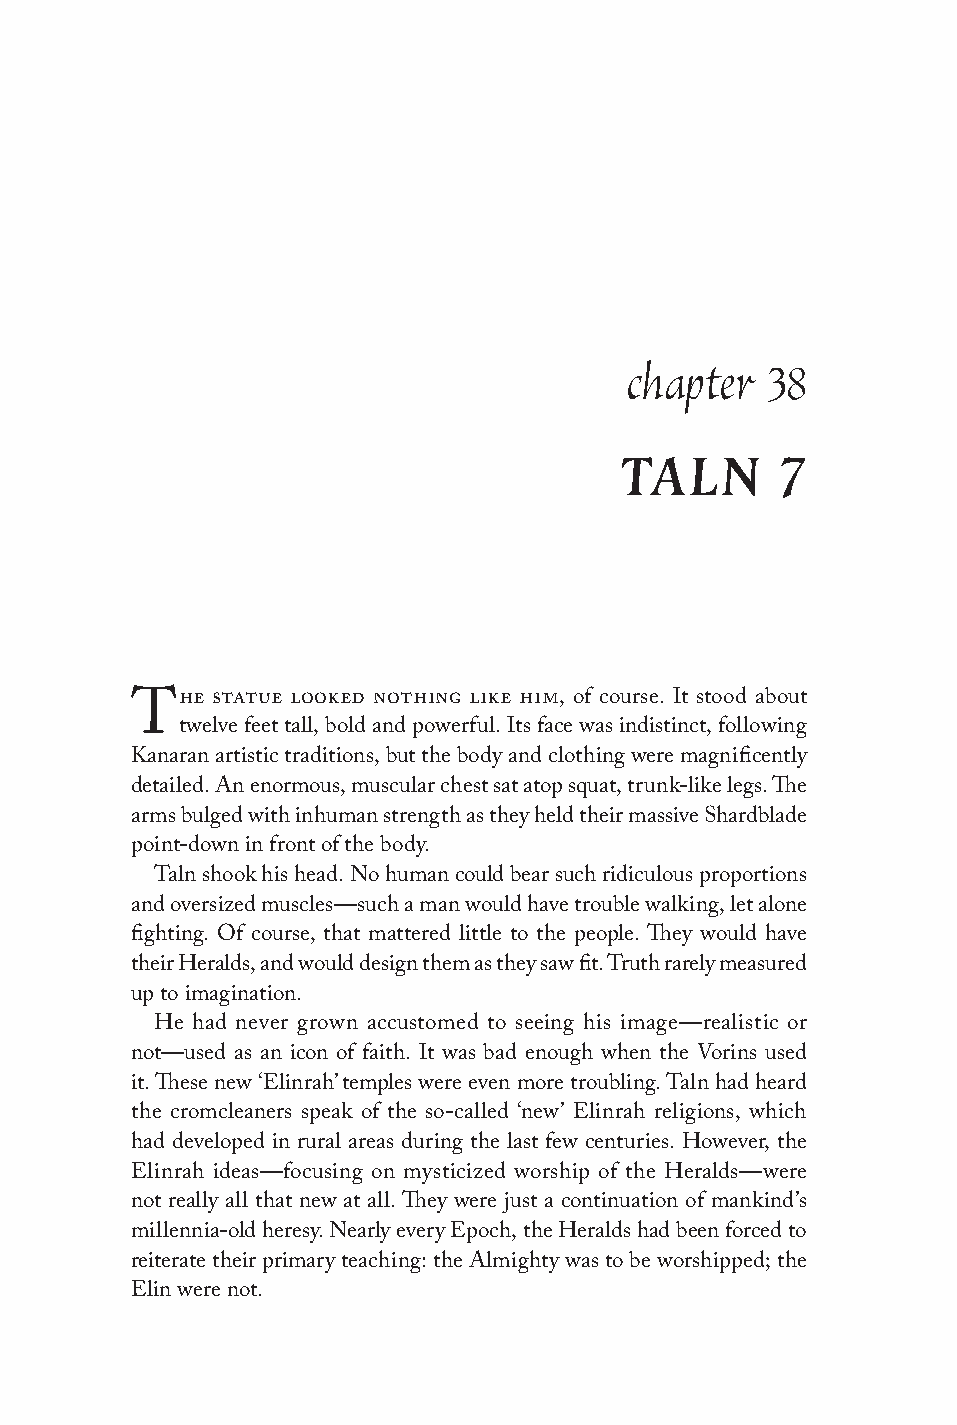
chapter   38
 TALN       7
 he statue looked nothing like him, of course. It stood about
 T
 twelve feet tall, bold and powerful. Its face was indistinct, following
 Kanaran artistic traditions, but the body and clothing were magnificently
 detailed. An enormous, muscular chest sat atop squat, trunk-like legs. The
 arms bulged with inhuman strength as they held their massive Shardblade
 point-down in front of the body.
 Taln shook his head. No human could bear such ridiculous proportions
 and oversized muscles—such a man would have trouble walking, let alone
 fighting. Of course, that mattered little to the people. They would have
 their Heralds, and would design them as they saw fit. Truth rarely measured
 up to imagination.
 He had never grown accustomed to seeing his image—realistic or
 not—used as an icon of faith. It was bad enough when the Vorins used
 it. These new ‘Elinrah’ temples were even more troubling. Taln had heard
 the cromcleaners speak of the so-called ‘new’ Elinrah religions, which
 had developed in rural areas during the last few centuries. However, the
 Elinrah ideas—focusing on mysticized worship of the Heralds—were
 not really all that new at all. They were just a continuation of mankind’s
 millennia-old heresy. Nearly every Epoch, the Heralds had been forced to
 reiterate their primary teaching: the Almighty was to be worshipped; the
 Elin were not.